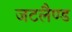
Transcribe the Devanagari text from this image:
जटलैण्ड